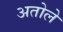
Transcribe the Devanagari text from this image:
अतोले